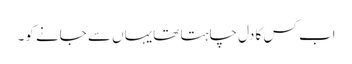
اب کس کا دل چاہتا تھایہاں سے جانے کو۔